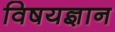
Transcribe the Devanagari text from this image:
विषयज्ञान